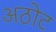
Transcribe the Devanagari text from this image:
अठोट